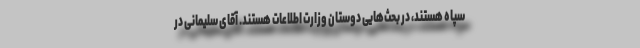
سپاه هستند، در بحث‌هایی دوستان وزارت اطلاعات هستند. آقای سلیمانی در